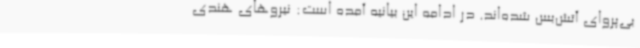
بی‌پروای آتش‌بس شده‌اند. در ادامه این بیانیه آمده است: نیروهای هندی